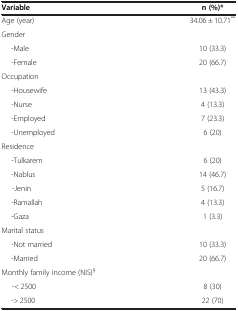
| Variable | n (%)* |
 | --- | --- |
 | Age (year) | 34.06 ± 10.71** |
 | Gender |  |
 | -Male | 10 (33.3) |
 | -Female | 20 (66.7) |
 | Occupation |  |
 | -Housewife | 13 (43.3) |
 | -Nurse | 4 (13.3) |
 | -Employed | 7 (23.3) |
 | -Unemployed | 6 (20) |
 | Residence |  |
 | -Tulkarem | 6 (20) |
 | -Nablus | 14 (46.7) |
 | -Jenin | 5 (16.7) |
 | -Ramallah | 4 (13.3) |
 | -Gaza | 1 (3.3) |
 | Marital status |  |
 | -Not married | 10 (33.3) |
 | -Married | 20 (66.7) |
 | Monthly family income (NIS)§ |  |
 | -< 2500 | 8 (30) |
 | -> 2500 | 22 (70) |